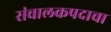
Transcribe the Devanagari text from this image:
संचालकपदाचा